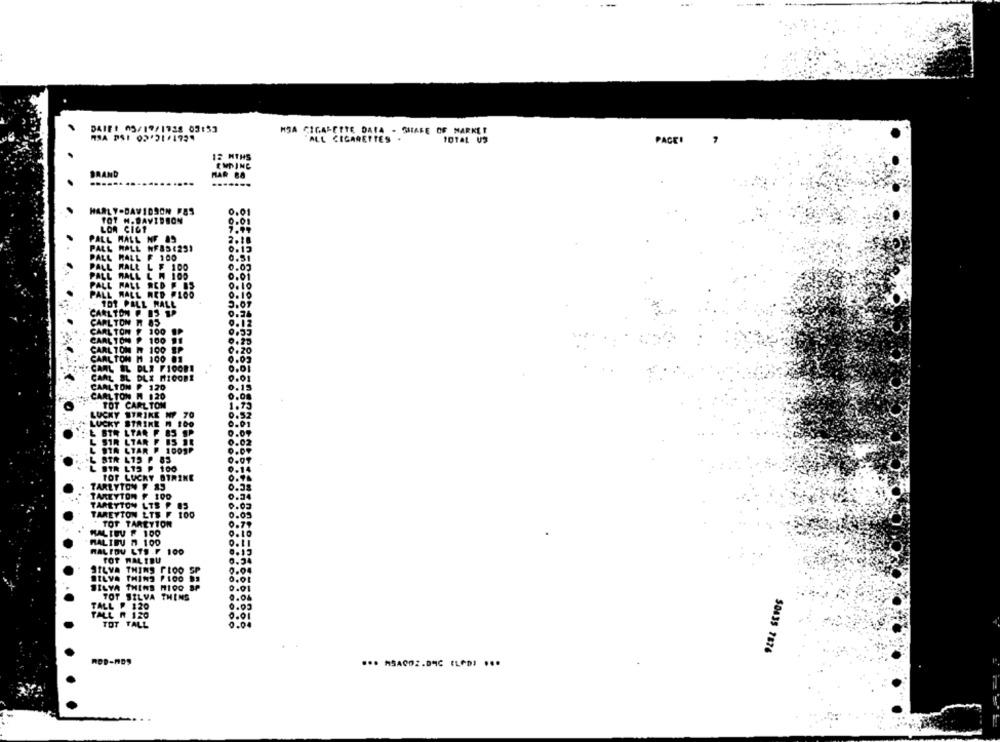
-
DATE: 05/19/1728 03:53
MJA CIGARETTE DATA - SHARE OF MARKET
"ALL CIGARETTES
PACE!
12 MTHS
BRAND
HAR BA
....
.......
HARLY-DAVIDSON FES
0.01
TOT H. DAVIDSON
0.01
LOA CIGT
PALL MALL NF A9
2-18
PALL MALL WFS5:251
0.15
PALL MALL F 100
0.51
PALL MALL L F 100
PALL MALL L W 100
0.01
PALL
FALL RED F.BS
0.10
PALL MALL HED PLOD
0. 10
101 PALL MALL
5.01
CARLTON F IS TP
CARLTON R 85
CARL TON $ 100 1P
CARL TON P
100 91
CARLTON W 100 SP
CARLTON M 100 01
CARL EL DLX FIGORI
CARL BL DLX MICOBE
CARLTON F 120
CARLTON W 120
TOT CARL TON
LUCKY STRIKE ₩7 70
LUCKY STRIKE M 100
L STR LTAR F BS SP
L STR LTARD
L STA LTAR P. 1001P
6 STR L15 P 85
L STR L15 P 100
TOP LUCKY BIRINE
TARLYTON F 85
TAREYTON F
TARLYTOW LTS P
TAREVTON LTS F
100
* TOT TAREYTOR
MALIBU F 100
MALIBU A 100
WAL FOU LTS .F 100
FOT WALTDU
SILVA THINS FLOO SP
SILVA THINS
F100
SILVA THINS
M100 SP
TOT SILVA THINS
7.04
TALL P 120
TOT TALL
50435 7876
ROD-MDS